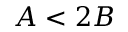
A < 2 B